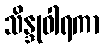
သိန္ဒုဝါရကာ